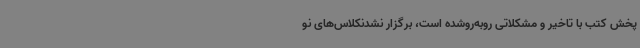
پخش کتب با تاخیر و مشکلاتی روبه‌روشده است، برگزار نشدنکلاس‌های نو